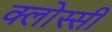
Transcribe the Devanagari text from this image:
क्लोस्सी